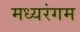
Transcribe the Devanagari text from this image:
मध्यरंगम